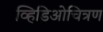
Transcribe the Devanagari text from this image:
व्हिडिओचित्रण